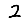
Digit: 2